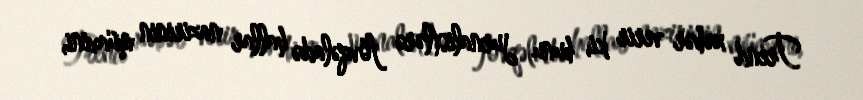
Trend xəbər verir ki, bunu jurnalistlərə fövqəladə hallar nazirinin müavini,